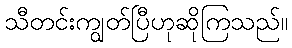
သီတင်းကျွတ်ပြီဟုဆိုကြသည်။